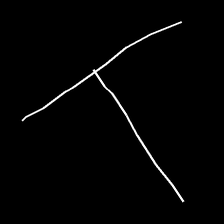
Glyph: column